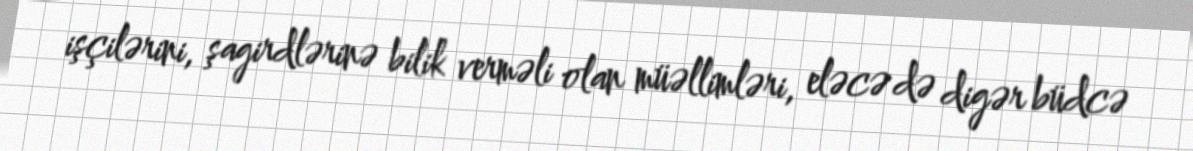
işçilərini, şagirdlərinə bilik verməli olan müəllimləri, eləcə də digər büdcə